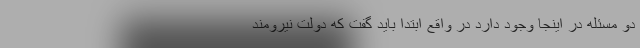
دو مسئله در اینجا وجود دارد در واقع ابتدا باید گفت که دولت نیرومند